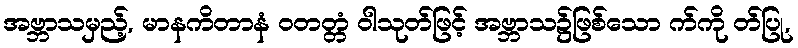
အဗ္ဘာသမှည့်, မာနကိတာနံ ဝတတ္တံ ဝါသုတ်ဖြင့် အဗ္ဘာသ၌ဖြစ်သော က်ကို တ်ပြု,